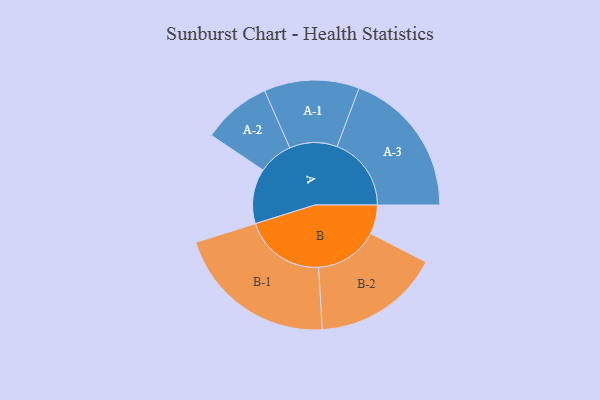
{"axis": {"x": "Segment", "y": "Value"}, "legend": ["", "A", "B"], "data": [{"x": "A", "y": 202, "type": ""}, {"x": "B", "y": 107, "type": ""}, {"x": "A-1", "y": 175, "type": "A"}, {"x": "A-2", "y": 127, "type": "A"}, {"x": "A-3", "y": 273, "type": "A"}, {"x": "B-1", "y": 299, "type": "B"}, {"x": "B-2", "y": 234, "type": "B"}]}